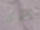
للشركة